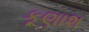
કૂણાશ